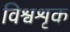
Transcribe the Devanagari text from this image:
विश्वशृक